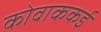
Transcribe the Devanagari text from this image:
कोवाककई